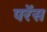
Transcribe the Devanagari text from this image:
परेंस